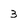
Character: 3